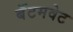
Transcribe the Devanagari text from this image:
बॅंटमवेट